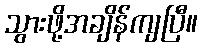
သွားဖို့အချိန်ကျပြီ။